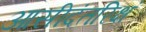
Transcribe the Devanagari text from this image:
आसीदंतरिक्षं